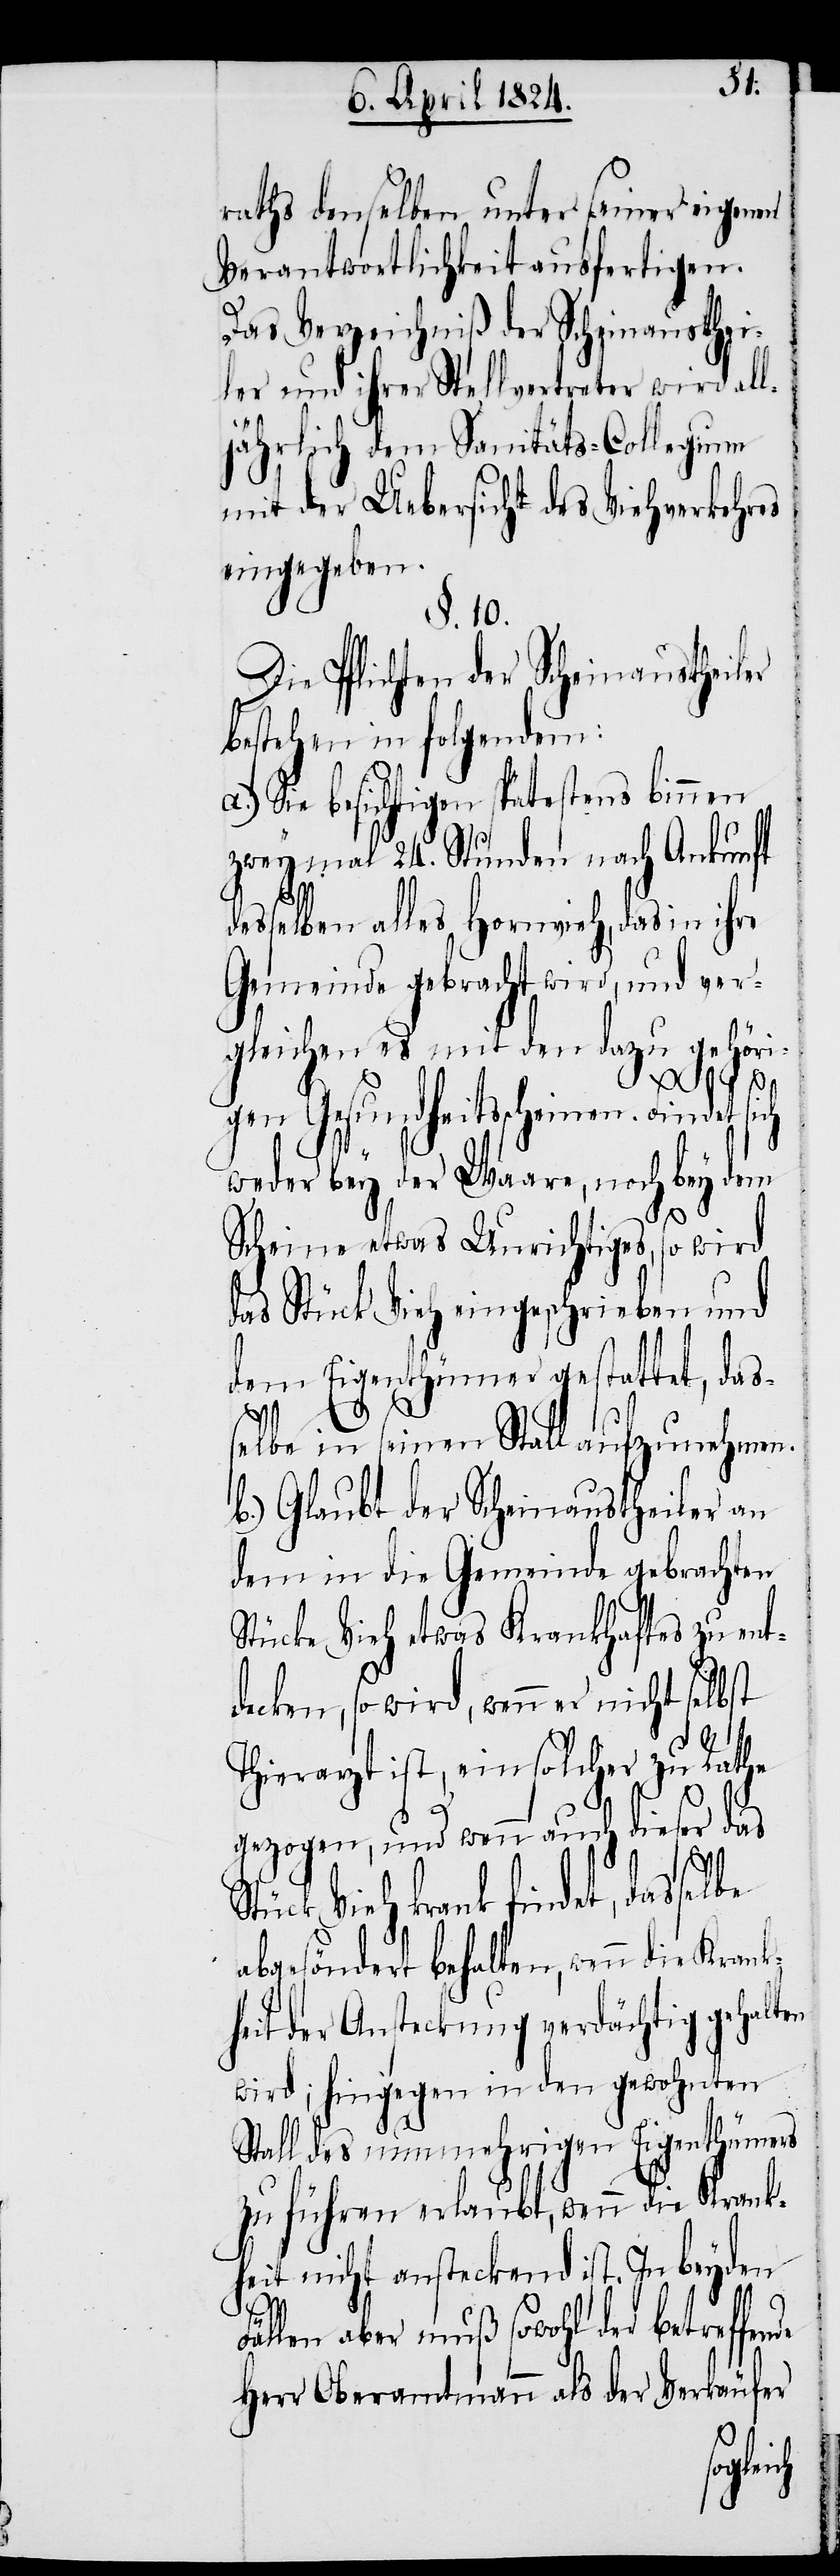
raths denselben unter seiner eigenen
Verantwortlichkeit ausfertigen.
Das Verzeichniß der Scheinausthei¬
ler und ihrer Stellvertreter wird al¬
jährlich dem Sanitäts-Collegium
mit der Uebersicht des Vi¬
tes
eingegeben.
§. 10.
Die Pflichten der Scheinaustheiler
bestehen in folgendem:
a.) Sie besichtigen spätestens binnen
zweymal 24. Stunden nach Ankunft
esselben alles Hornvieh, das in ih¬
Gemeinde gebracht wird, und ver¬
gleichen es mit den dazu gehöri¬
gen Gesundheitsscheinen. Findet sich
weder bey der Waare, noch bey dem
Scheine etwas Unrichtiges, so wird
das Stück Vieh eingeschrieben und
dem Eigenthümer gestattet, das¬
selbe in seinen Stall aufzunehmen.
b.) Glaubt der Scheinaustheiler an
dem in die Gemeinde gebrachten
zu ent¬
stücke Vieh etwas Krankhaf¬
decken, so wird, wenn er nicht s¬
de
Thierarzt ist, ein solcher zu
gezogen, und wenn auch dieser das
Stück Vieh krank findet, das¬
abgesöndert behalten, wenn die Krank¬
heit der Ansteckung verdächtig gehalten
wird; hingegen in den gewohnten
Stall des nunmehrigen Eigenthümers
zu führen erlaubt, wenn die Krank¬
heit nicht ansteckend ist. In beyden
Fällen aber muß sowohl der betreffen¬
Herr Oberamtmann als der Verkäufer
selbe